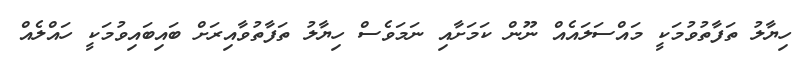
ހިޔާލު ތަފާތުވުމަކީ މައްސަލައެއް ނޫން ކަމަށާއި ނަމަވެސް ހިޔާލު ތަފާތުވާއިރަށް ބައިބައިވުމަކީ ހައްލެއް